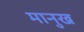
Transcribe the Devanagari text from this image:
मानुख